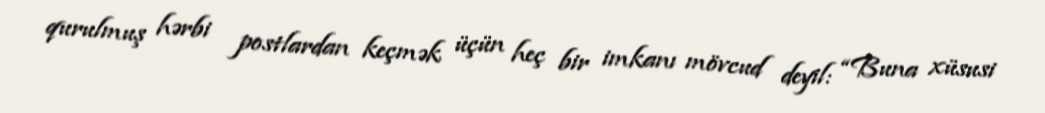
qurulmuş hərbi postlardan keçmək üçün heç bir imkanı mövcud deyil: “Buna xüsusi